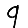
Digit: 9